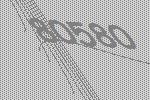
80580